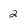
Character: 2